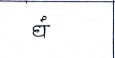
मजकूर: घं